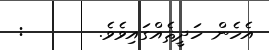
އެހެން ހަދީޘެއްގައިވެވެ.       :